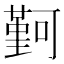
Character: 𫮭